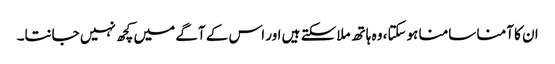
ان کا آمنا سامنا ہوسکتا، وہ ہاتھ ملاسکتے ہیں اور اس کے آگے میں کچھ نہیں جانتا۔